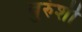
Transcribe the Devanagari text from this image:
बुरुंशी